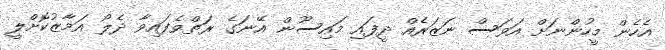
އެހެން މީހުންނަށް އަވަސް ނަޒަރެއް ދީފައި މައިސޫން އޭނަގެ ރަތްވެފައިވާ ދެލޯ އަމާޒުކޮށްލީ